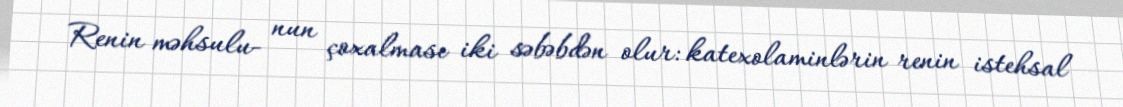
Renin məhsulu- nun çoxalması iki səbəbdən olur: katexolaminlərin renin istehsal